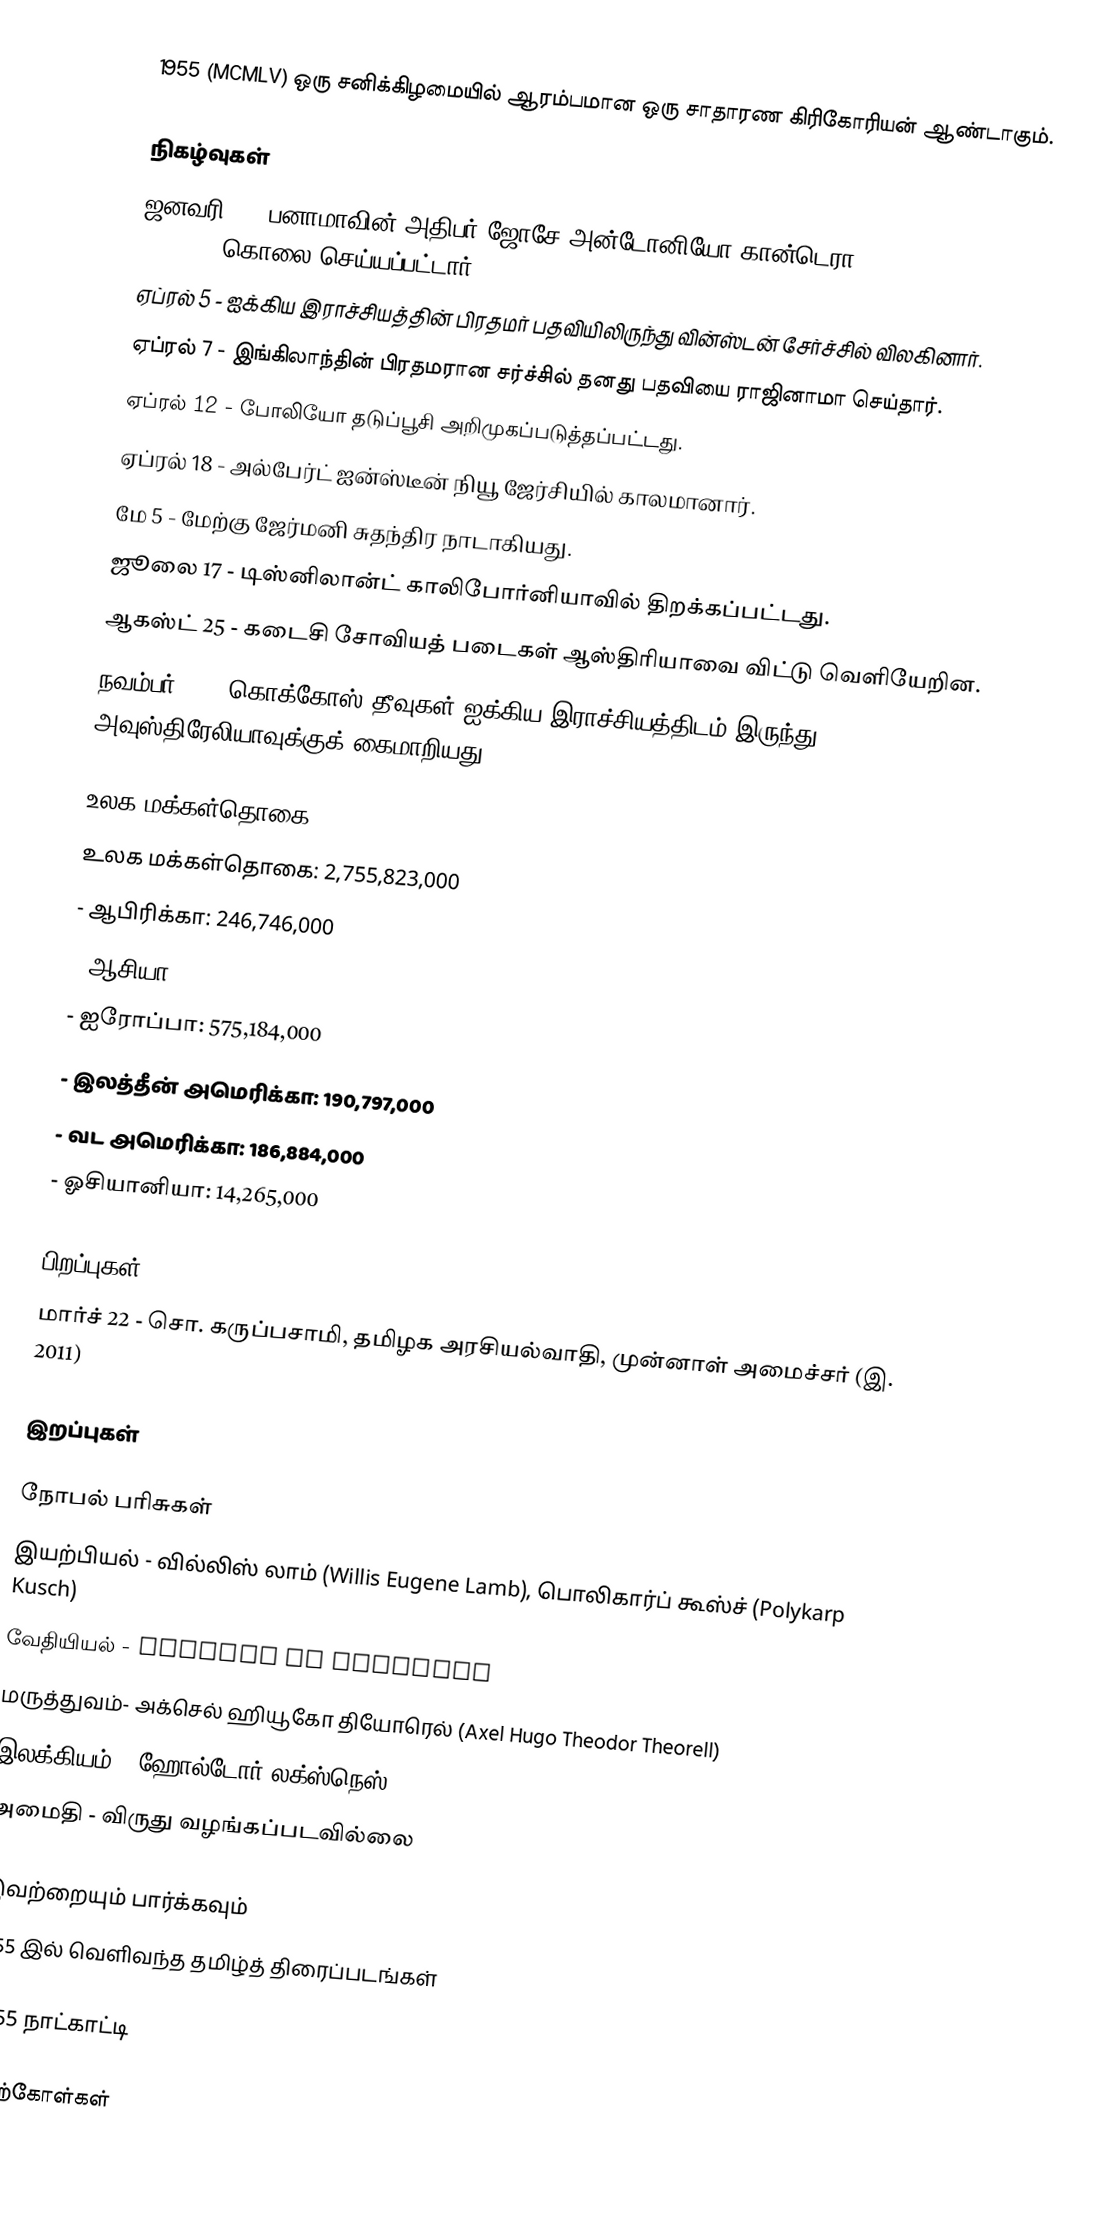
1955  (MCMLV) ஒரு சனிக்கிழமையில் ஆரம்பமான ஒரு சாதாரண கிரிகோரியன் ஆண்டாகும்.

நிகழ்வுகள்
 ஜனவரி 2 - பனாமாவின் அதிபர் ஜோசே அன்டோனியோ கான்டெரா (José Antonio Remón Cantera) கொலை செய்யப்பட்டார்.
 ஏப்ரல் 5 - ஐக்கிய இராச்சியத்தின் பிரதமர் பதவியிலிருந்து வின்ஸ்டன் சேர்ச்சில் விலகினார்.
 ஏப்ரல் 7 - இங்கிலாந்தின் பிரதமரான சர்ச்சில் தனது பதவியை ராஜினாமா செய்தார்.
 ஏப்ரல் 12 - போலியோ தடுப்பூசி அறிமுகப்படுத்தப்பட்டது.
 ஏப்ரல் 18 - அல்பேர்ட் ஐன்ஸ்டீன் நியூ ஜேர்சியில் காலமானார்.
 மே 5 - மேற்கு ஜேர்மனி சுதந்திர நாடாகியது.
 ஜூலை 17 - டிஸ்னிலான்ட் காலிபோர்னியாவில் திறக்கப்பட்டது.
 ஆகஸ்ட் 25 - கடைசி சோவியத் படைகள் ஆஸ்திரியாவை விட்டு வெளியேறின.
 நவம்பர் 23 - கொக்கோஸ் தீவுகள் ஐக்கிய இராச்சியத்திடம் இருந்து அவுஸ்திரேலியாவுக்குக் கைமாறியது.

உலக மக்கள்தொகை
 உலக மக்கள்தொகை: 2,755,823,000
 - ஆபிரிக்கா: 246,746,000
 - ஆசியா: 1,541,947,000
 - ஐரோப்பா: 575,184,000
 - இலத்தீன் அமெரிக்கா: 190,797,000
 - வட அமெரிக்கா: 186,884,000
 - ஓசியானியா: 14,265,000

பிறப்புகள்
 மார்ச் 22 - சொ. கருப்பசாமி, தமிழக அரசியல்வாதி, முன்னாள் அமைச்சர் (இ. 2011)

இறப்புகள்

நோபல் பரிசுகள்
 இயற்பியல் - வில்லிஸ் லாம் (Willis Eugene Lamb), பொலிகார்ப் கூஸ்ச் (Polykarp Kusch)
 வேதியியல் - Vincent du Vigneaud
 மருத்துவம்- அக்செல் ஹியூகோ தியோரெல் (Axel Hugo Theodor Theorell)
 இலக்கியம் - ஹோல்டோர் லக்ஸ்நெஸ் (Halldór Kiljan Laxness)
 அமைதி - விருது வழங்கப்படவில்லை

இவற்றையும் பார்க்கவும்
 1955 இல் வெளிவந்த தமிழ்த் திரைப்படங்கள்

1955 நாட்காட்டி

மேற்கோள்கள்